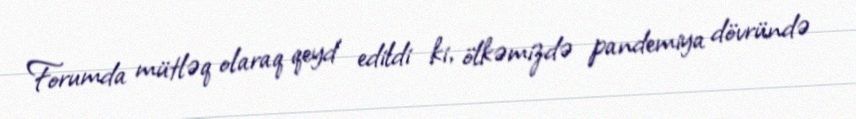
Forumda mütləq olaraq qeyd edildi ki, ölkəmizdə pandemiya dövründə